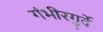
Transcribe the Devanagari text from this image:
गंभीरगुर्दे